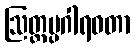
ဩတ္တပ္ပဂါရဝတာ